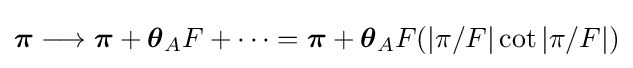
{\boldsymbol {\pi }}\longrightarrow {\boldsymbol {\pi }}+{\boldsymbol {\theta }}_{A}F+\cdots ={\boldsymbol {\pi }}+{\boldsymbol {\theta }}_{A}F(|\pi /F|\cot |\pi /F|)